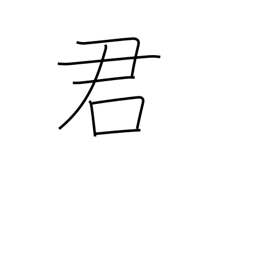
Meaning: male name suffix